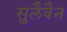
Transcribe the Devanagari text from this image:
सुलैवैन